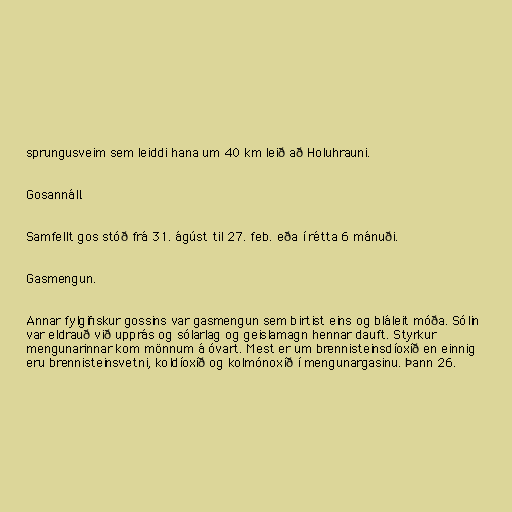
sprungusveim sem leiddi hana um 40 km leið að Holuhrauni.

Gosannáll.

Samfellt gos stóð frá 31. ágúst til 27. feb. eða í rétta 6 mánuði.

Gasmengun.

Annar fylgifiskur gossins var gasmengun sem birtist eins og bláleit móða. Sólin
var eldrauð við upprás og sólarlag og geislamagn hennar dauft. Styrkur
mengunarinnar kom mönnum á óvart. Mest er um brennisteinsdíoxíð en einnig
eru brennisteinsvetni, koldíoxíð og kolmónoxíð í mengunargasinu. Þann 26.